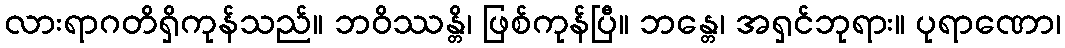
လားရာဂတိရှိကုန်သည်။ ဘဝိဿန္တိ၊ ဖြစ်ကုန်ပြီ။ ဘန္တေ၊ အရှင်ဘုရား။ ပုရာဏော၊